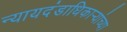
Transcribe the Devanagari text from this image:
न्यायदंडाधिकार्‍यांच्या